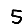
Digit: 5